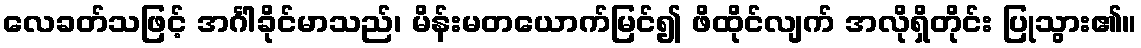
လေခတ်သဖြင့် အင်္ဂါခိုင်မာသည်၊ မိန်းမတယောက်မြင်၍ ဖိထိုင်လျက် အလိုရှိတိုင်း ပြုသွား၏။